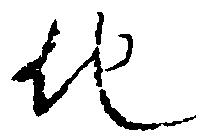
他